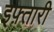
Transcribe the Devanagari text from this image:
इफ़्तारी